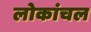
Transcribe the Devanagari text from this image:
लोकांचल